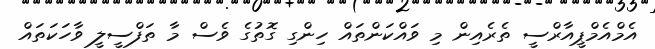
އެމްްއެމްޕީއާރްސީ ތެރެއިން މި ވައްކަންތައް ހިންގި ގޮތުގެ ވެސް މާ ތަފްސީލީ ވާހަކަތައް